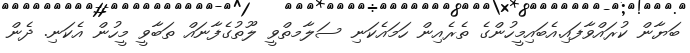
ބަޔާން ކުރައްވާފައި.އެބައިމީހުންގެ ތެރެއިން ހަމައެކަނި ސަލާމތްވީ ލޫތުގެފާނައް ތަބާވީ މީހުން އެކަނި. ދެން